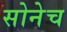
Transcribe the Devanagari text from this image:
सोनेच